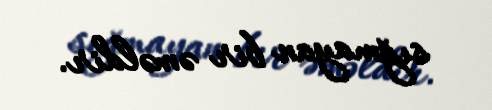
sığmayan bir əməldir.